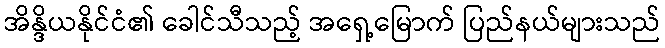
အိန္ဒိယနိုင်ငံ၏ ခေါင်သီသည့် အရှေ့မြောက် ပြည်နယ်များသည်